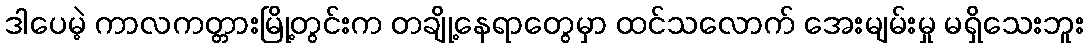
ဒါပေမဲ့ ကာလကတ္တားမြို့တွင်းက တချို့နေရာတွေမှာ ထင်သလောက် အေးမျမ်းမှု မရှိသေးဘူး